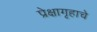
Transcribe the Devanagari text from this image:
प्रेक्षागृहाचे